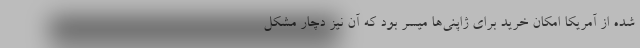
شده از آمریکا امکان خرید برای ژاپنی‌ها میسر بود که آن نیز دچار مشکل